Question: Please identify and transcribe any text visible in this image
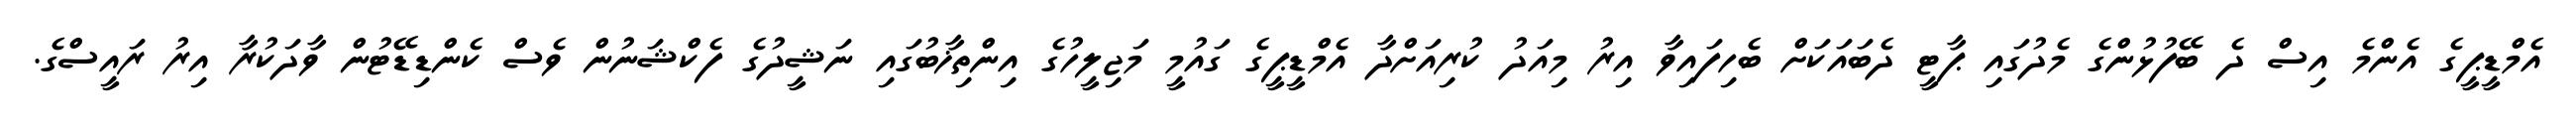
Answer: އެމްޑީޕީގެ އެންމެ އިސް ދެ ބޭފުޅުންގެ މެދުގައި ޕާޓީ ދެބައަކަށް ބެހިފައިވާ އިރު މިއަދު ކުރިއަށްދާ އެމްޑީޕީގެ ގައުމީ މަޖިލީހުގެ އިންތިޚާބުގައި ނަޝީދުގެ ފެކްޝަނުން ވެސް ކެންޑިޑޭޓުން ވާދަކުރާ އިރު ރައީސްގެ.